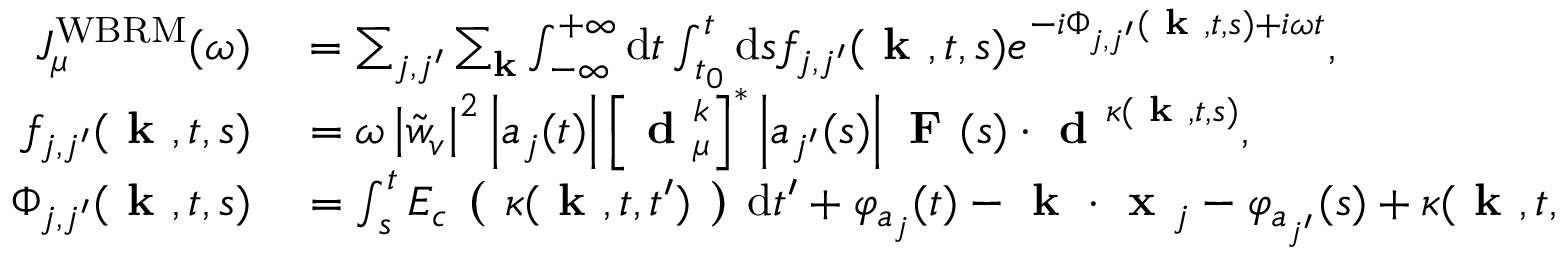
\begin{array} { r l } { J _ { \mu } ^ { \mathrm { W B R M } } ( \omega ) } & { { } = \sum _ { j , j ^ { \prime } } \sum _ { \mathbf { k } } \int _ { - \infty } ^ { + \infty } \mathrm { d } t \int _ { t _ { 0 } } ^ { t } \mathrm { d } s f _ { j , j ^ { \prime } } ( \textbf { k } , t , s ) e ^ { - i \Phi _ { j , j ^ { \prime } } ( \textbf { k } , t , s ) + i \omega t } , } \\ { f _ { j , j ^ { \prime } } ( \textbf { k } , t , s ) } & { { } = \omega \left| \tilde { w } _ { v } \right| ^ { 2 } \left| a _ { j } ( t ) \right| \left[ \textbf { d } _ { \mu } ^ { k } \right] ^ { * } \left| a _ { j ^ { \prime } } ( s ) \right| \textbf { F } ( s ) \cdot \textbf { d } ^ { \kappa ( \textbf { k } , t , s ) } , } \\ { \Phi _ { j , j ^ { \prime } } ( \textbf { k } , t , s ) } & { { } = \int _ { s } ^ { t } E _ { c } \textbf { ( } \kappa ( \textbf { k } , t , t ^ { \prime } ) \textbf { ) } \mathrm { d } t ^ { \prime } + \varphi _ { a _ { j } } ( t ) - \textbf { k } \cdot \textbf { x } _ { j } - \varphi _ { a _ { j ^ { \prime } } } ( s ) + \kappa ( \textbf { k } , t , s ) \cdot \textbf { x } _ { j ^ { \prime } } } \end{array}